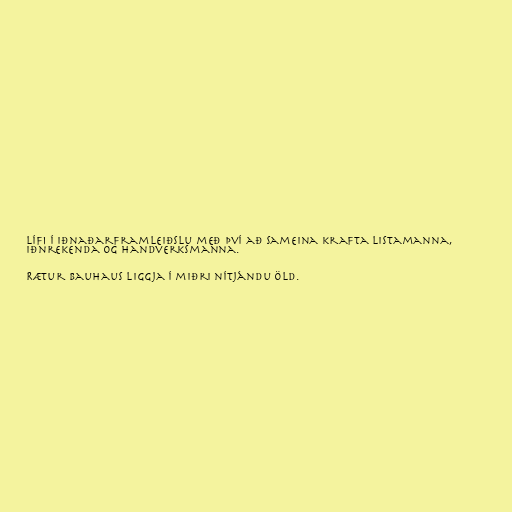
lífi í iðnaðarframleiðslu með því að sameina krafta listamanna,
iðnrekenda og handverksmanna.

Rætur Bauhaus liggja í miðri nítjándu öld.